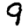
Digit: 9